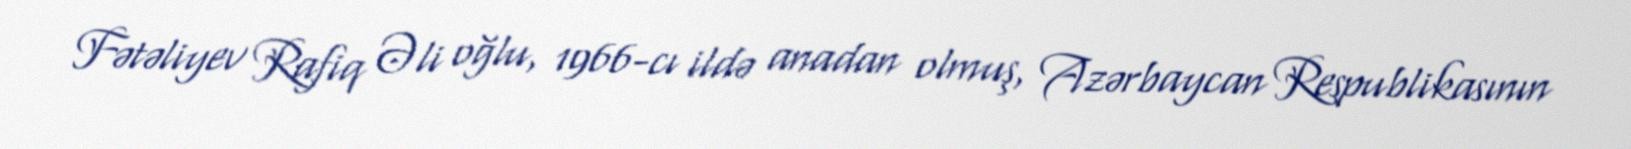
Fətəliyev Rafiq Əli oğlu, 1966-cı ildə anadan olmuş, Azərbaycan Respublikasının